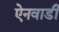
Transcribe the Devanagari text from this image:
ऐनवाडी